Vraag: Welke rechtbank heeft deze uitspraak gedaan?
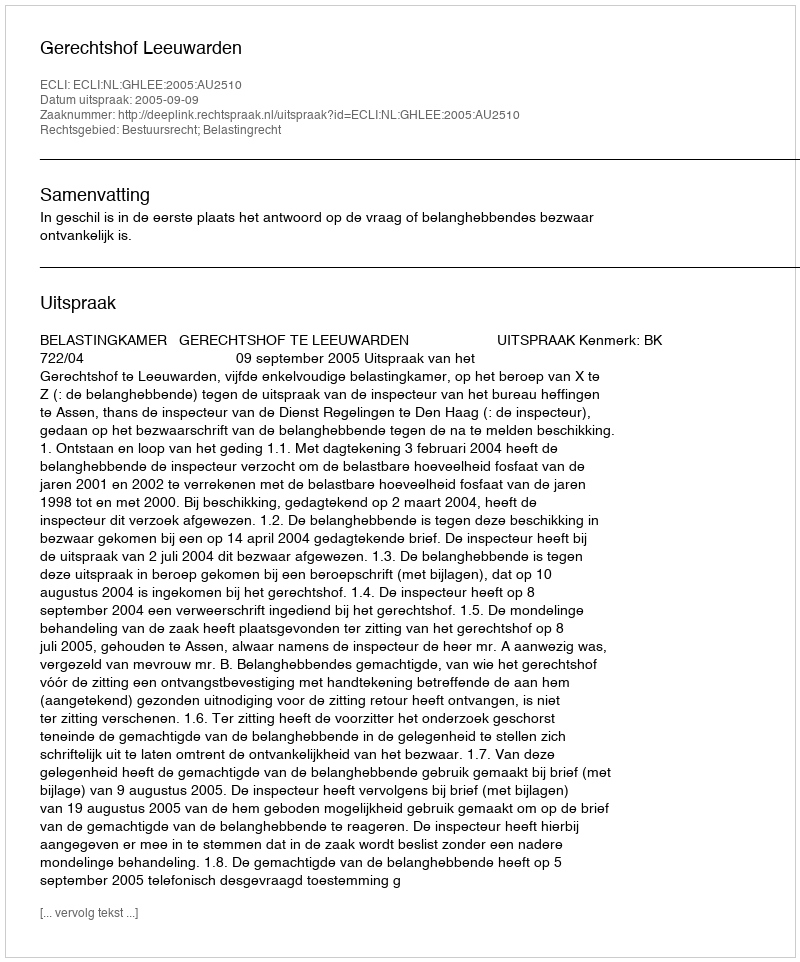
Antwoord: Gerechtshof Leeuwarden